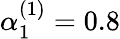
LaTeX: \alpha_{1}^{(1)}=0.8